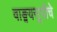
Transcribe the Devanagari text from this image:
वाङ्मयसूचीचे